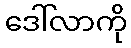
ဒေါ်လာကို